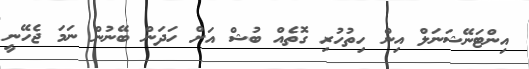
އިންޓަނޭޝަނަލް އިން ހިތުހުރި ގޮތެއް ބުޝް އަށް ހަދަން ބޭނުން ނަމަ ޖެހޭނީ